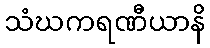
သံဃကရဏီယာနိ